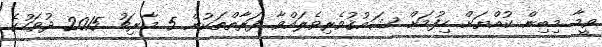
ވީމާ މިބިން ކުއްޔަށް ހިފުމަށް ޝައުޤުވެރިވެލައްވާ ފަރާތްތަކުން 5 މާރިޗު 2015 ދުވަހުގެ